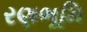
રણભૂમિ